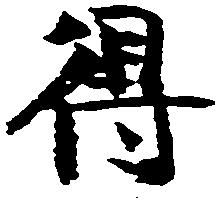
得